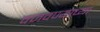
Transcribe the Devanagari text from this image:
वजवण्याच्या